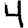
Digit: 4